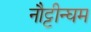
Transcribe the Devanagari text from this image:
नौट्टीन्घम